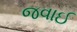
જવાઈ